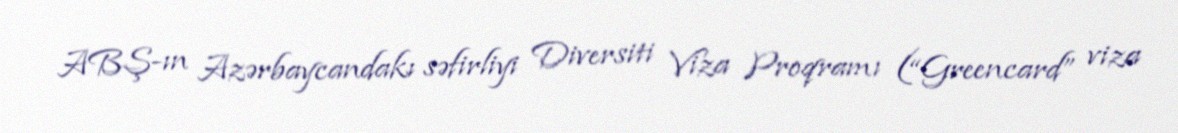
ABŞ-ın Azərbaycandakı səfirliyi Diversiti Viza Proqramı (“Greencard” viza